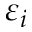
\varepsilon _ { i }